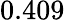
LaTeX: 0.409